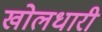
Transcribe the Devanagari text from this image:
खोलधारी